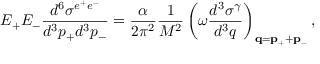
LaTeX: E _ { + } E _ { - } \frac { d ^ { 6 } \sigma ^ { e ^ { + } e ^ { - } } } { d ^ { 3 } p _ { + } d ^ { 3 } p _ { - } } = \frac { \alpha } { 2 \pi ^ { 2 } } \frac { 1 } { M ^ { 2 } } \left( \omega \frac { d ^ { 3 } \sigma ^ { \gamma } } { d ^ { 3 } q } \right) _ { { \bf q } = { \bf p } _ { + } + { \bf p } _ { - } } ,